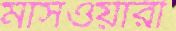
মাসওয়ারী